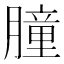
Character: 朣